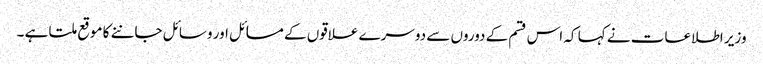
وزیر اطلاعات نے کہا کہ اس قسم کے دوروں سے دوسرے علاقوں کے مسائل اور وسائل جاننے کا موقع ملتا ہے ۔